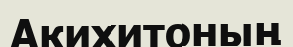
Акихитоның